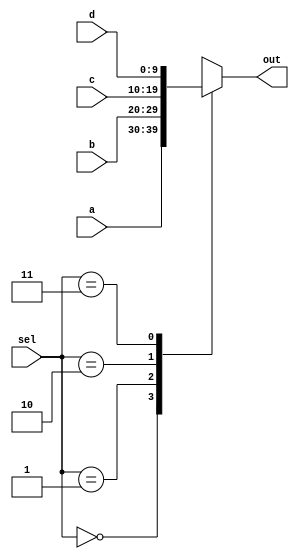
`timescale 1ns / 1ps
//////////////////////////////////////////////////////////////////////////////////
// Company: 
// Engineer: 
// 
// Design Name: 
// Module Name: Mux_4_to_1
// Project Name: 
// Target Devices: 
// Tool Versions: 
// Description: 
// 
// Dependencies: 
// 
// Revision:
// Revision 0.01 - File Created
// Additional Comments:
// 
//////////////////////////////////////////////////////////////////////////////////


module Mux_4_to_1(
    input [9:0] a, 
    input [9:0] b, 
    input [9:0] c, 
    input [9:0] d,
    input [1:0] sel,
    output reg [9:0] out
    );
    
    always @(a, b, c, d, sel) begin
        case (sel)
            2'b00 : out <= a;
            2'b01 : out <= b;
            2'b10 : out <= c;
            2'b11 : out <= d;
            default : out <= d;
        endcase
    end
endmodule